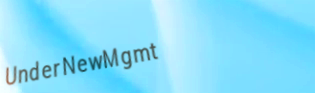
UnderNewMgmt